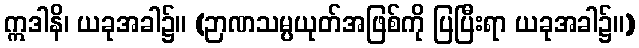
ဣဒါနိ၊ ယခုအခါ၌။ (ဉာဏသမ္ပယုတ်အဖြစ်ကို ပြပြီးရာ ယခုအခါ၌။)